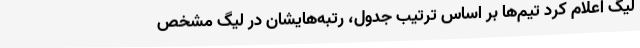
لیگ اعلام کرد تیم‌ها بر اساس ترتیب جدول، رتبه‌هایشان در لیگ مشخص